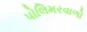
પોલિમરવાળો